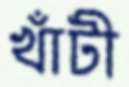
খাঁটী